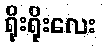
ရိုးရိုးလေး